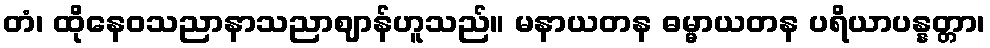
တံ၊ ထိုနေဝသညာနာသညာဈာန်ဟူသည်။ မနာယတန ဓမ္မာယတန ပရိယာပန္နတ္တာ၊